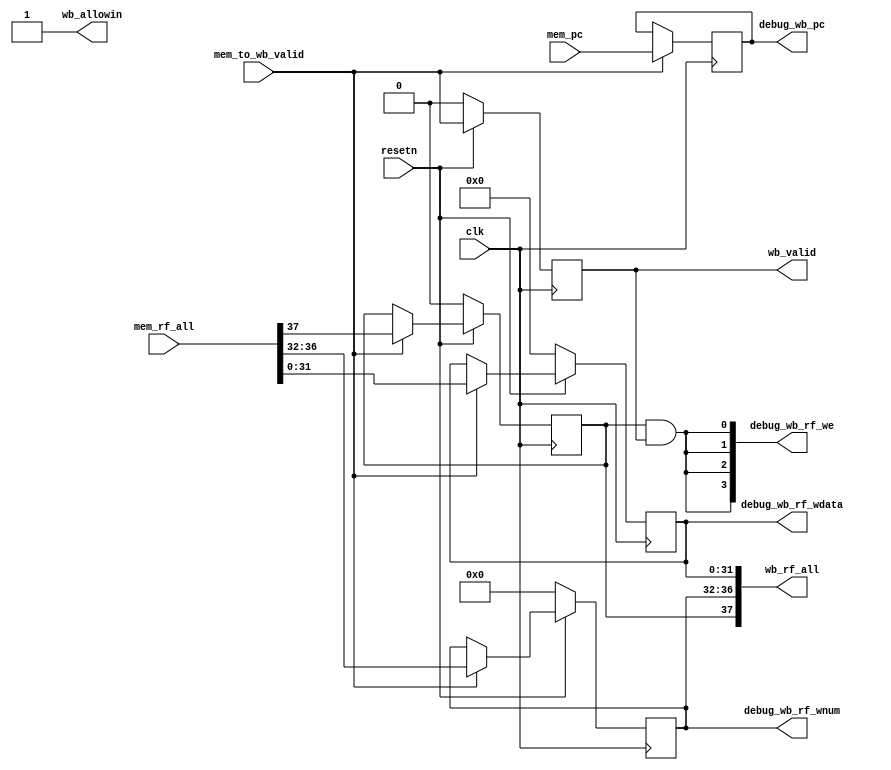
module WBstate(
    input              clk,
    input              resetn,
    output reg         wb_valid,
    // memstate <-> wbstate
    output             wb_allowin,
    input       [37:0] mem_rf_all, // {mem_rf_we, mem_rf_waddr, mem_rf_wdata}
    input              mem_to_wb_valid,
    input       [31:0] mem_pc,    
    // debug info
    output      [31:0] debug_wb_pc,
    output      [ 3:0] debug_wb_rf_we,
    output      [ 4:0] debug_wb_rf_wnum,
    output      [31:0] debug_wb_rf_wdata,
    // idstate <-> wbstate
    output      [37:0] wb_rf_all  // {rf_we, rf_waddr, rf_wdata}
);
    
    wire        wb_ready_go;
    // reg         wb_valid;
    reg  [31:0] wb_pc;
    reg  [31:0] rf_wdata;
    reg  [4 :0] rf_waddr;
    reg         rf_we;

    /* valid signals */
    assign wb_ready_go = 1'b1;
    assign wb_allowin  = ~wb_valid | wb_ready_go;     
    always @(posedge clk) begin
        if(~resetn)
            wb_valid <= 1'b0;
        else
            wb_valid <= mem_to_wb_valid & wb_allowin; 
    end

    /*  memstate <-> wbstate */
    always @(posedge clk) begin
        if(mem_to_wb_valid)
            wb_pc <= mem_pc;
    end
    always @(posedge clk) begin
        if(~resetn)
            {rf_we, rf_waddr, rf_wdata} <= 38'd0;
        else if(mem_to_wb_valid)
            {rf_we, rf_waddr, rf_wdata} <= mem_rf_all;
    end

    assign wb_rf_all = {rf_we, rf_waddr, rf_wdata};

    /* debug info */
    assign debug_wb_pc       = wb_pc;
    assign debug_wb_rf_wdata = rf_wdata;
    assign debug_wb_rf_we    = {4{rf_we & wb_valid}};
    assign debug_wb_rf_wnum  = rf_waddr;
endmodule